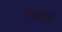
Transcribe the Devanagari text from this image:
बाजुएं